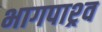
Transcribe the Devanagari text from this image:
भागपाश्र्व